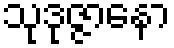
သုဒုဇ္ဇာနော